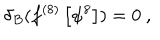
\delta _ { B } ( f ^ { ( 8 ) } \left[ \psi ^ { 8 } \right] ) = 0 ~ ,